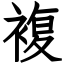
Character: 複